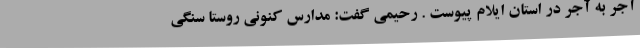
آجر به آجر در استان ایلام پیوست . رحیمی گفت: مدارس کنونی روستا سنگی